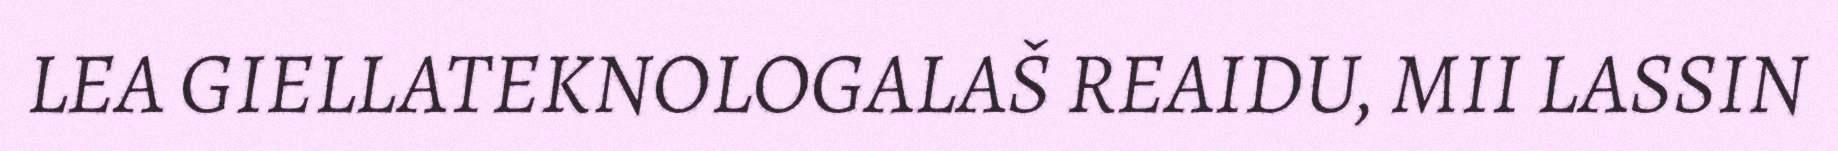
LEA GIELLATEKNOLOGALAŠ REAIDU, MII LASSIN